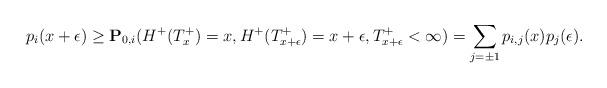
LaTeX: \begin{align*}p_{i}(x+\epsilon)\geq \mathbf{P}_{0,i}(H^+(T_{x}^+)=x,H^+(T_{x+\epsilon}^+)=x+\epsilon,T_{x+\epsilon}^+<\infty)=\sum_{j= \pm1}p_{i,j}(x)p_j(\epsilon) .\end{align*}